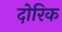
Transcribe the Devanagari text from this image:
दोरिक